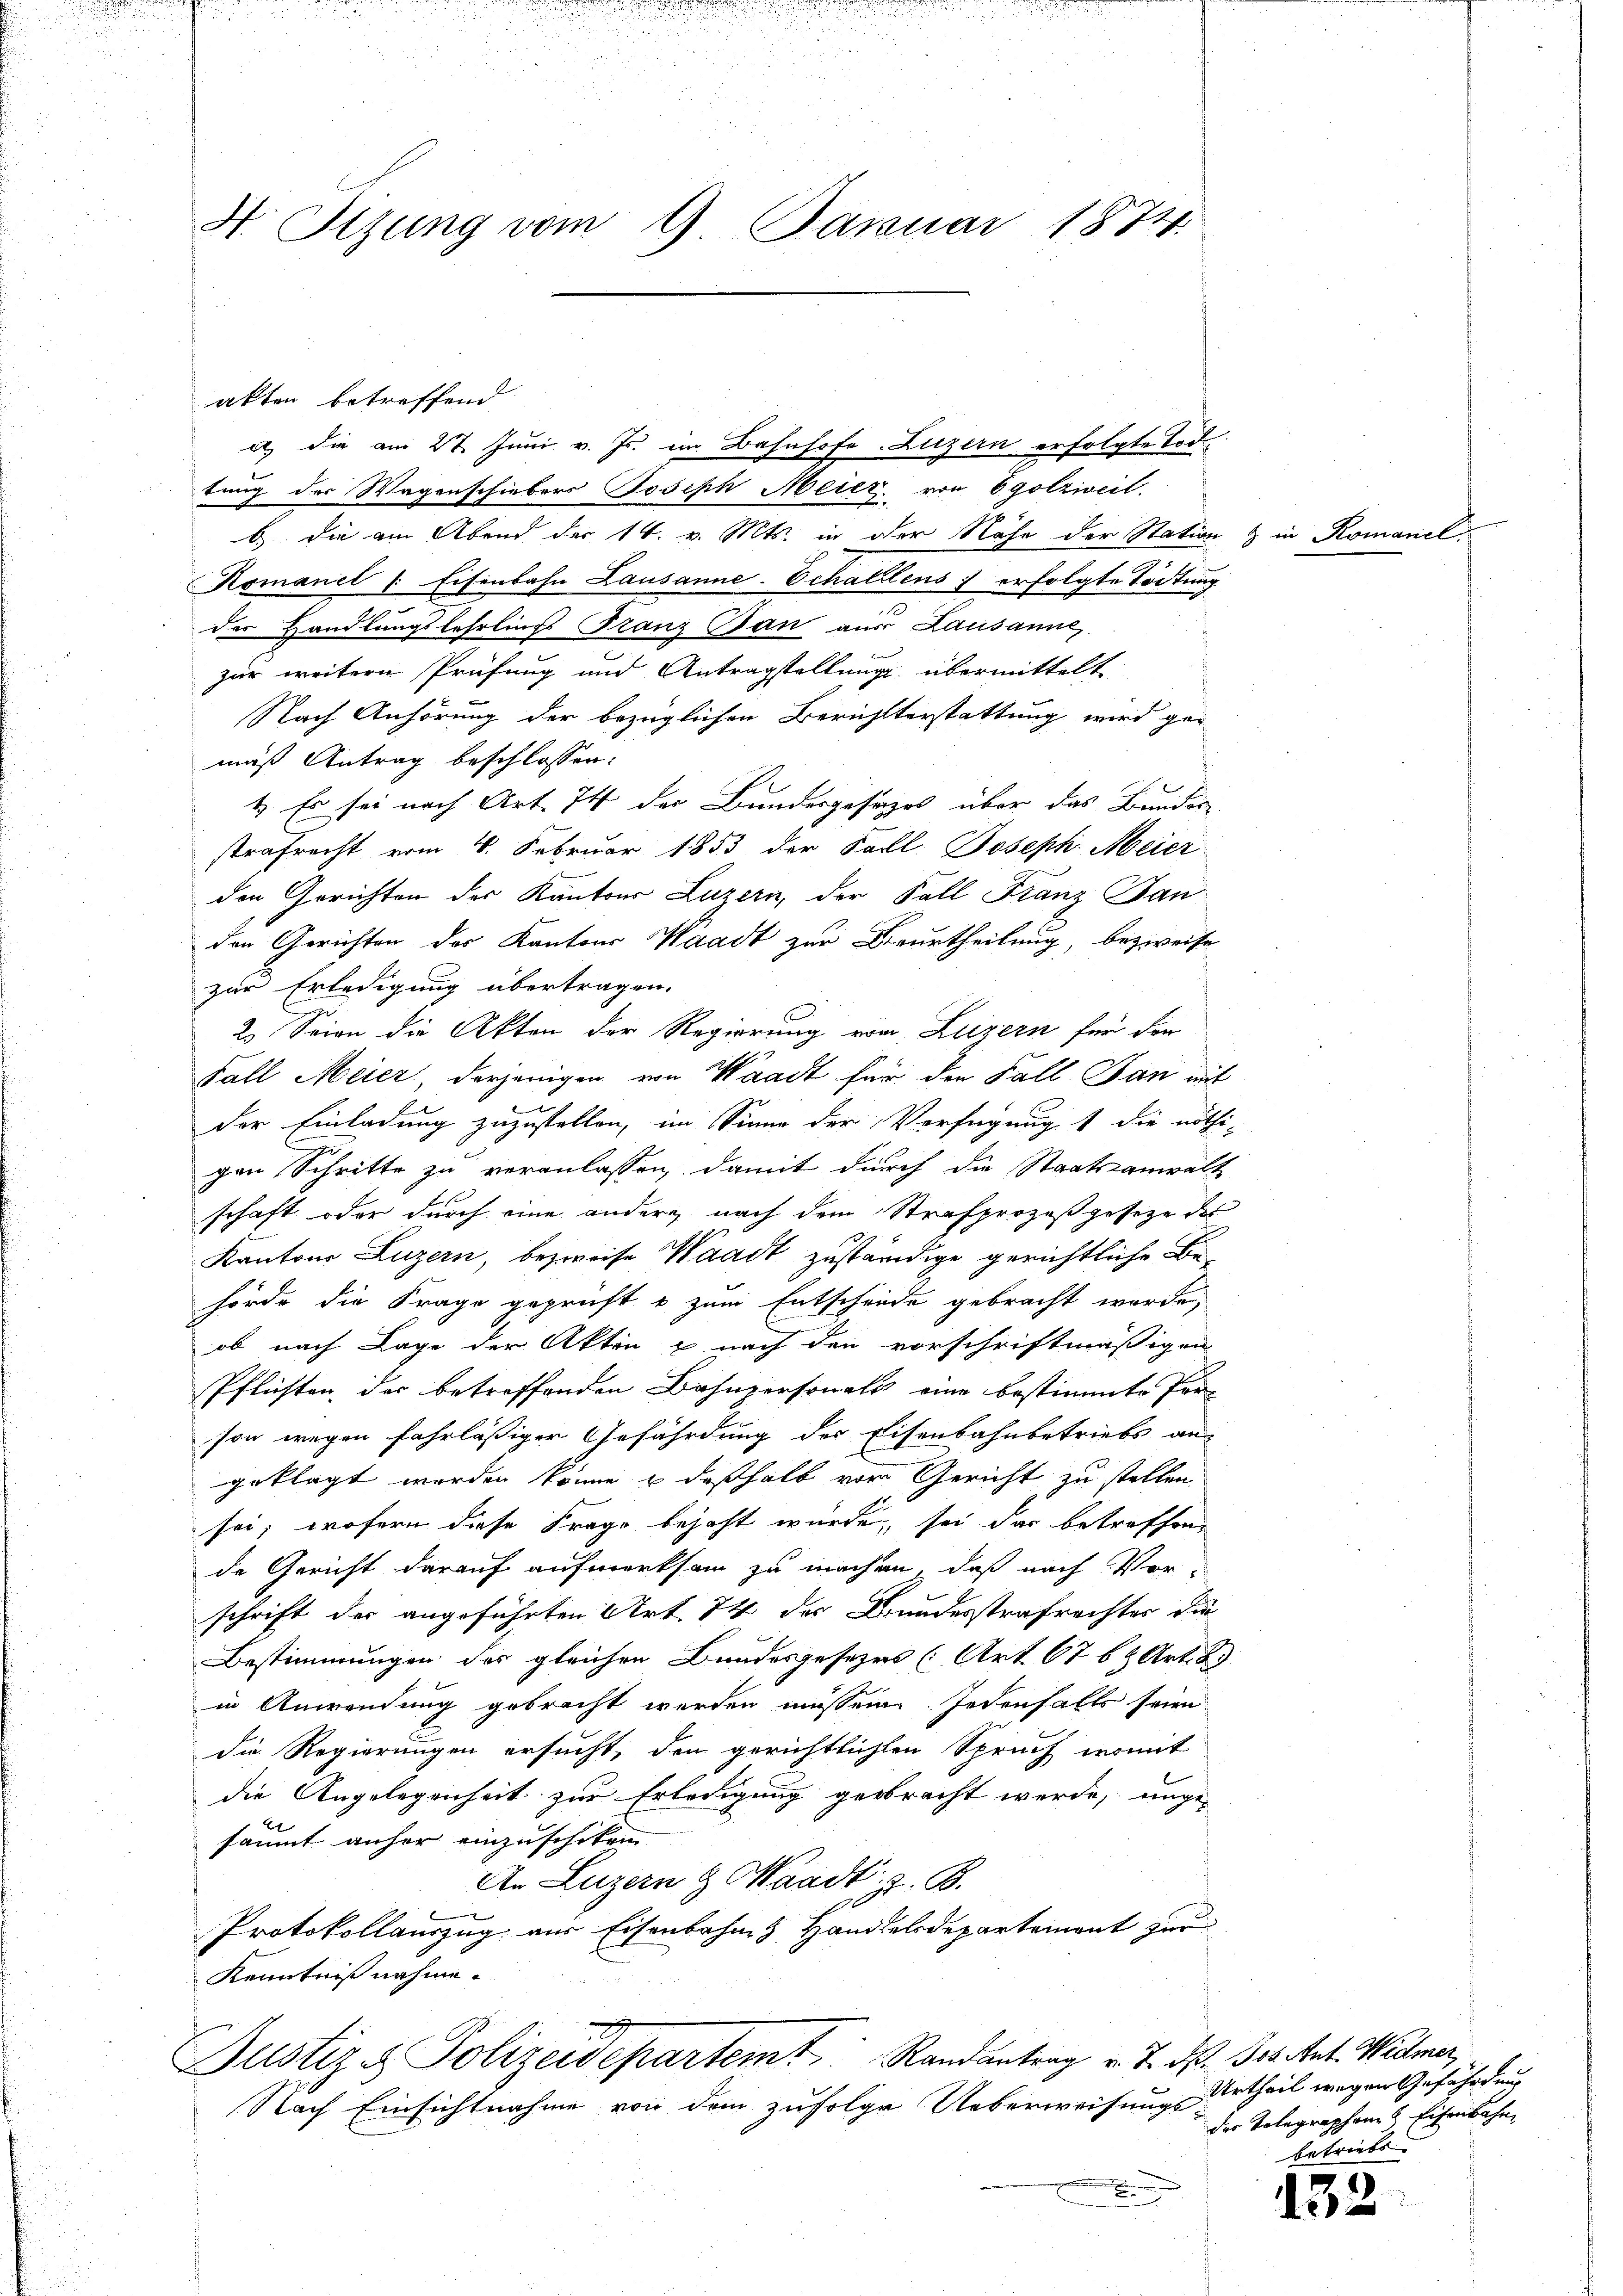
H Sizung vom 9. Januar 1874.

akten betreffend
e) die am 27. Juni v. Js. im Bahnhofe Luzern erfolgte Tode
tung der Wagenschiebers Joseph Meier, von Egolziveil.
B. die am Abend der 14. v. Mts. in der Nähe der Station & in Romaniel.
Komanel ( Eisenbahn Lausanne-Echalitens erfolgte Tödtung
der Handlungslehrlings Franz San aus Lausanne,
zur weitern Prüfung und Antragstellung, übermittelt
Nach Anhörung der bezüglichen Berichtterstattung wird gemäß Antrag beschlossen:
1. Es sei nach Art. 74 der Bundesgesezes über das Bundere
strafrecht vom 4. Februar 1853 der Fall Joseph Meier
den Gerichten des Kantons Luzern, der Fall Franz Jan
den Gerichten des Kantons Waadt zur Verurtheilung, bezweife
zur Erledigung übertragen.
2.) Seien die Akten der Regierung von Luzern für den
Fall Meier, derjenigen von Waadt für den Fall. Dan mit
der Einladung zuzustellen, im Sinne der Verfügung 1 die nöthe
gen Schritte zu veranlassen, damit durch die Staatsanwalt
schaft oder durch eine andern nach dem Strafprozeß gesetze des
Kantons Luzern, bezweife Waadt zuständige gerichtliche Be-
hörde die Frage geprüft & zum Entscheide gebracht werde,
ob nach Lage der Akten & nach den vorschriftmäßigen
Pflichten, der betreffenden Bahnpersonals eine bestimmte Person wegen fahrlässiger Gefährdung des Eisenbahnbetriebs an
geklagt werden könne & deßhalb vor Gericht zu stellen
sei; wofern diese Frage bejaht wurde, sei das betreffend
de Gericht darauf aufmerksam zu machen, daß nach Vor-
schrift der angeführten Art 74 der Bundesstrafrechtes die
Bestimmungen des gleichen Bundesgesezes (Art. 676 Art. 8
in Anwendung gebracht werden müssen. Jedenfalls seien
die Regierungen ersucht, den gerichtlichten Spruch, womit
die Angelegenheit zur Erledigung gebracht werde, unge-
säumt anher einzuschiken
An Luzern & Waadt, z. B.
Protokollauszug aus Eisenbahn & Handelsdepartement zur
Kenntnißnahme.
Justiz & Polizeidepartemt Randantrag v. 7. d. Jos. Ant. Widmer,
Nach Einsichtnahme von dem zufolge Ueberweisungsurtheil wegen Gefährdung
.

der Telegraphen Eisenbahn
Ertriebs
e

132